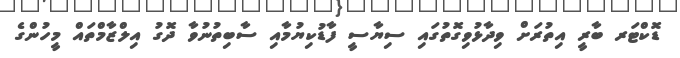
ޑޮކްޓަރ ބާރީ އިތުރަށް ވިދާޅުވިގޮތުގައި ސިޔާސީ ފާޑުކިޔުމާއި ސާބިތުނުވާ ދޮގު އިލްޒާމްތައް މީހުންގެ